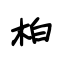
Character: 柏